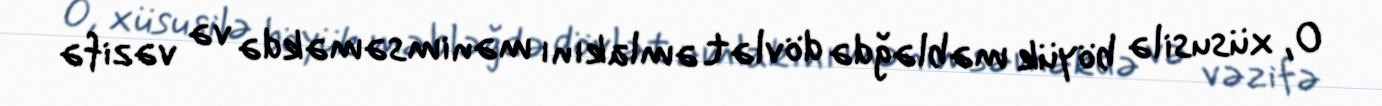
O, xüsusilə böyük məbləğdə dövlət əmlakını mənimsəməkdə və vəzifə